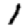
Digit: 1